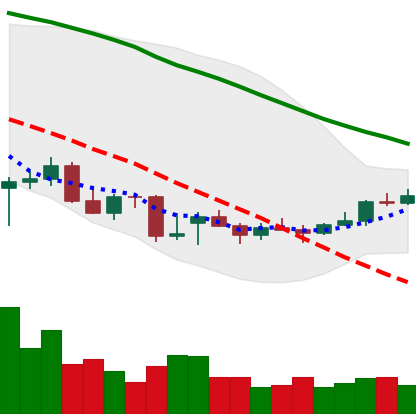
Ticker: ETC-USD
Chart end date: 2021-12-25
Forward return: -9.184%
Label: down_7plus